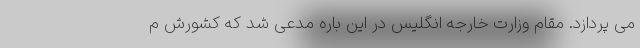
می پردازد. مقام وزارت خارجه انگلیس در این باره مدعی شد که کشورش م